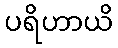
ပရိဟာယိ